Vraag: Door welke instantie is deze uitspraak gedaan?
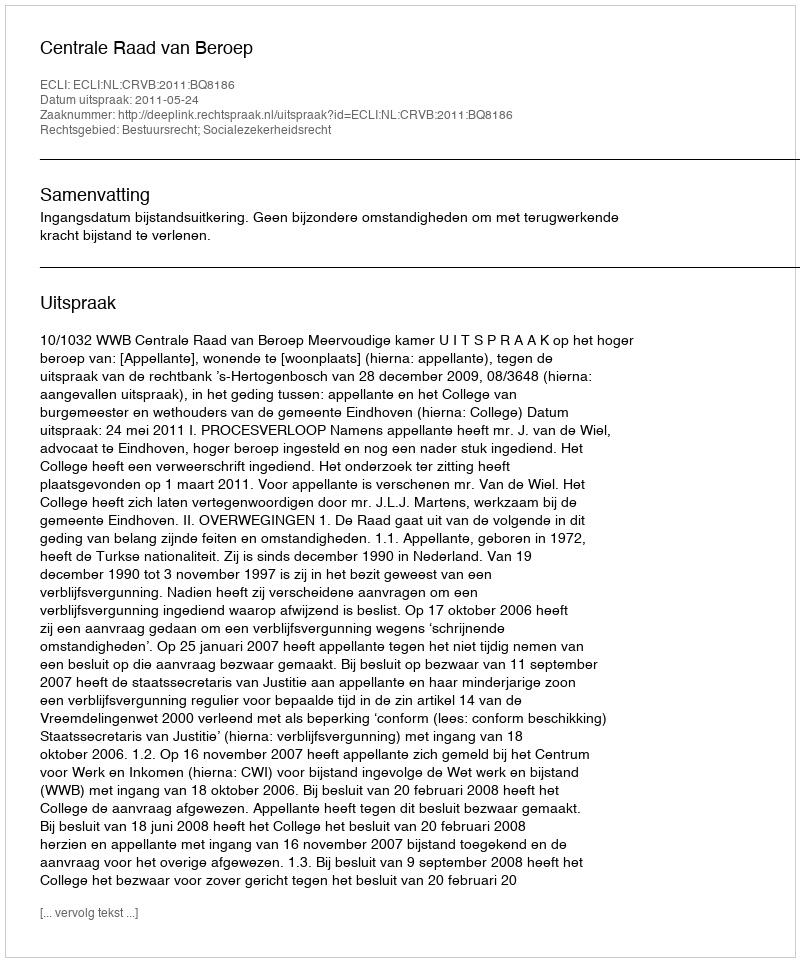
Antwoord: Centrale Raad van Beroep